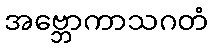
အဗ္ဘောကာသဂတံ